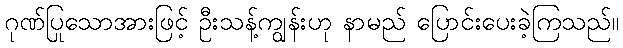
ဂုဏ်ပြုသောအားဖြင့် ဦးသန့်ကျွန်းဟု နာမည် ပြောင်းပေးခဲ့ကြသည်။